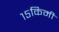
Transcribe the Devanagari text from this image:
१५किमी